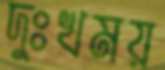
দুঃখময়